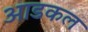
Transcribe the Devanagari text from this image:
आडकल